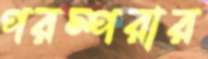
পরম্পরার